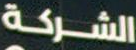
الشركة